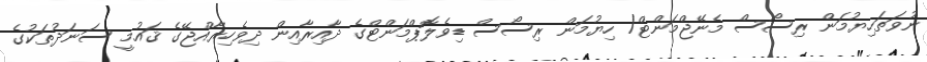
ނުވަތަހިޔުމަން ރިސޯސް މެނޭޖްމަންޓް/ ހިޔުމަން ރިސޯސް ޑިވެލޮޕްމަންޓްގެ ދާއިރާއިން ދިވެހިރާއްޖޭގެ ޤައުމީ ސަނަދުތަކުގެ